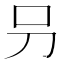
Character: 叧